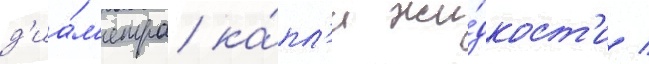
д'иа́м'етра ка́пл'и жи́дкост'и /